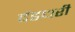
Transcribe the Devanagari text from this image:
दंडधरी